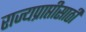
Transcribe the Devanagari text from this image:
राज्यप्राप्तीसाठी